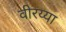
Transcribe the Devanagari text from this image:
वीरय्या